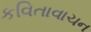
કવિતાવાચન